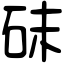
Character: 砞